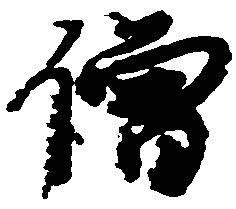
僧